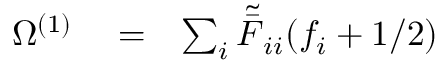
\begin{array} { r l r } { \Omega ^ { ( 1 ) } } & { { } = } & { \sum _ { i } \tilde { \bar { F } } _ { i i } { ( f _ { i } + 1 / 2 ) } } \end{array}